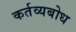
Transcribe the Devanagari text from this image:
कर्तव्यबोध